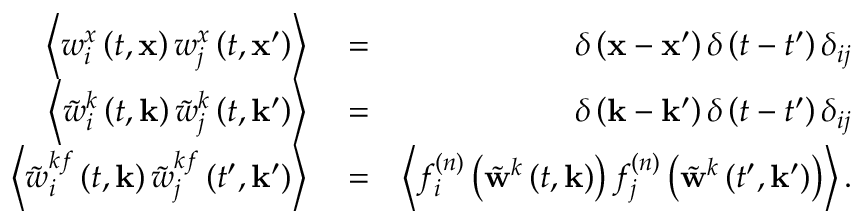
\begin{array} { r l r } { \left\langle w _ { i } ^ { x } \left( t , \mathbf { x } \right) w _ { j } ^ { x } \left( t , \mathbf { x } ^ { \prime } \right) \right\rangle } & { { } = } & { \delta \left( \mathbf { x } - \mathbf { x } ^ { \prime } \right) \delta \left( t - t ^ { \prime } \right) \delta _ { i j } } \\ { \left\langle \tilde { w } _ { i } ^ { k } \left( t , \mathbf { k } \right) \tilde { w } _ { j } ^ { k } \left( t , \mathbf { k } ^ { \prime } \right) \right\rangle } & { { } = } & { \delta \left( \mathbf { k } - \mathbf { k } ^ { \prime } \right) \delta \left( t - t ^ { \prime } \right) \delta _ { i j } } \\ { \left\langle \tilde { w } _ { i } ^ { k f } \left( t , \mathbf { k } \right) \tilde { w } _ { j } ^ { k f } \left( t ^ { \prime } , \mathbf { k } ^ { \prime } \right) \right\rangle } & { { } = } & { \left\langle f _ { i } ^ { ( n ) } \left( \tilde { \mathbf { w } } ^ { k } \left( t , \mathbf { k } \right) \right) f _ { j } ^ { ( n ) } \left( \tilde { \mathbf { w } } ^ { k } \left( t ^ { \prime } , \mathbf { k } ^ { \prime } \right) \right) \right\rangle . } \end{array}